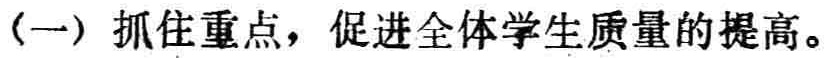
（一）抓住重点，促进全体学生质量的提高。